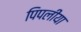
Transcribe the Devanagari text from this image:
पिपलीया